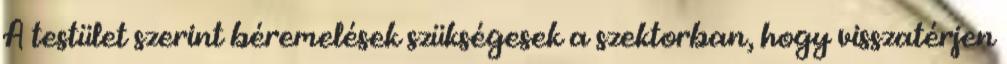
A testület szerint béremelések szükségesek a szektorban, hogy visszatérjen